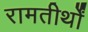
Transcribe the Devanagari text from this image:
रामतीर्थों